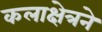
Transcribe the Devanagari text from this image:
कलाक्षेत्रने